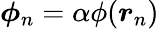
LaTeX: \boldsymbol{\phi}_{n}=\alpha\phi(\boldsymbol{r}_{n})